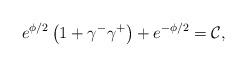
LaTeX: \begin{align*}e^{\phi /2}\left( 1+\gamma ^{-}\gamma ^{+}\right) +e^{-\phi /2}=\mathcal{C},\end{align*}